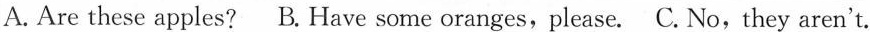
A. Are these apples?B. Have some oranges,please.C. No,they aren't.